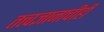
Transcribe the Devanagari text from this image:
तत्त्वज्ञानाचीही